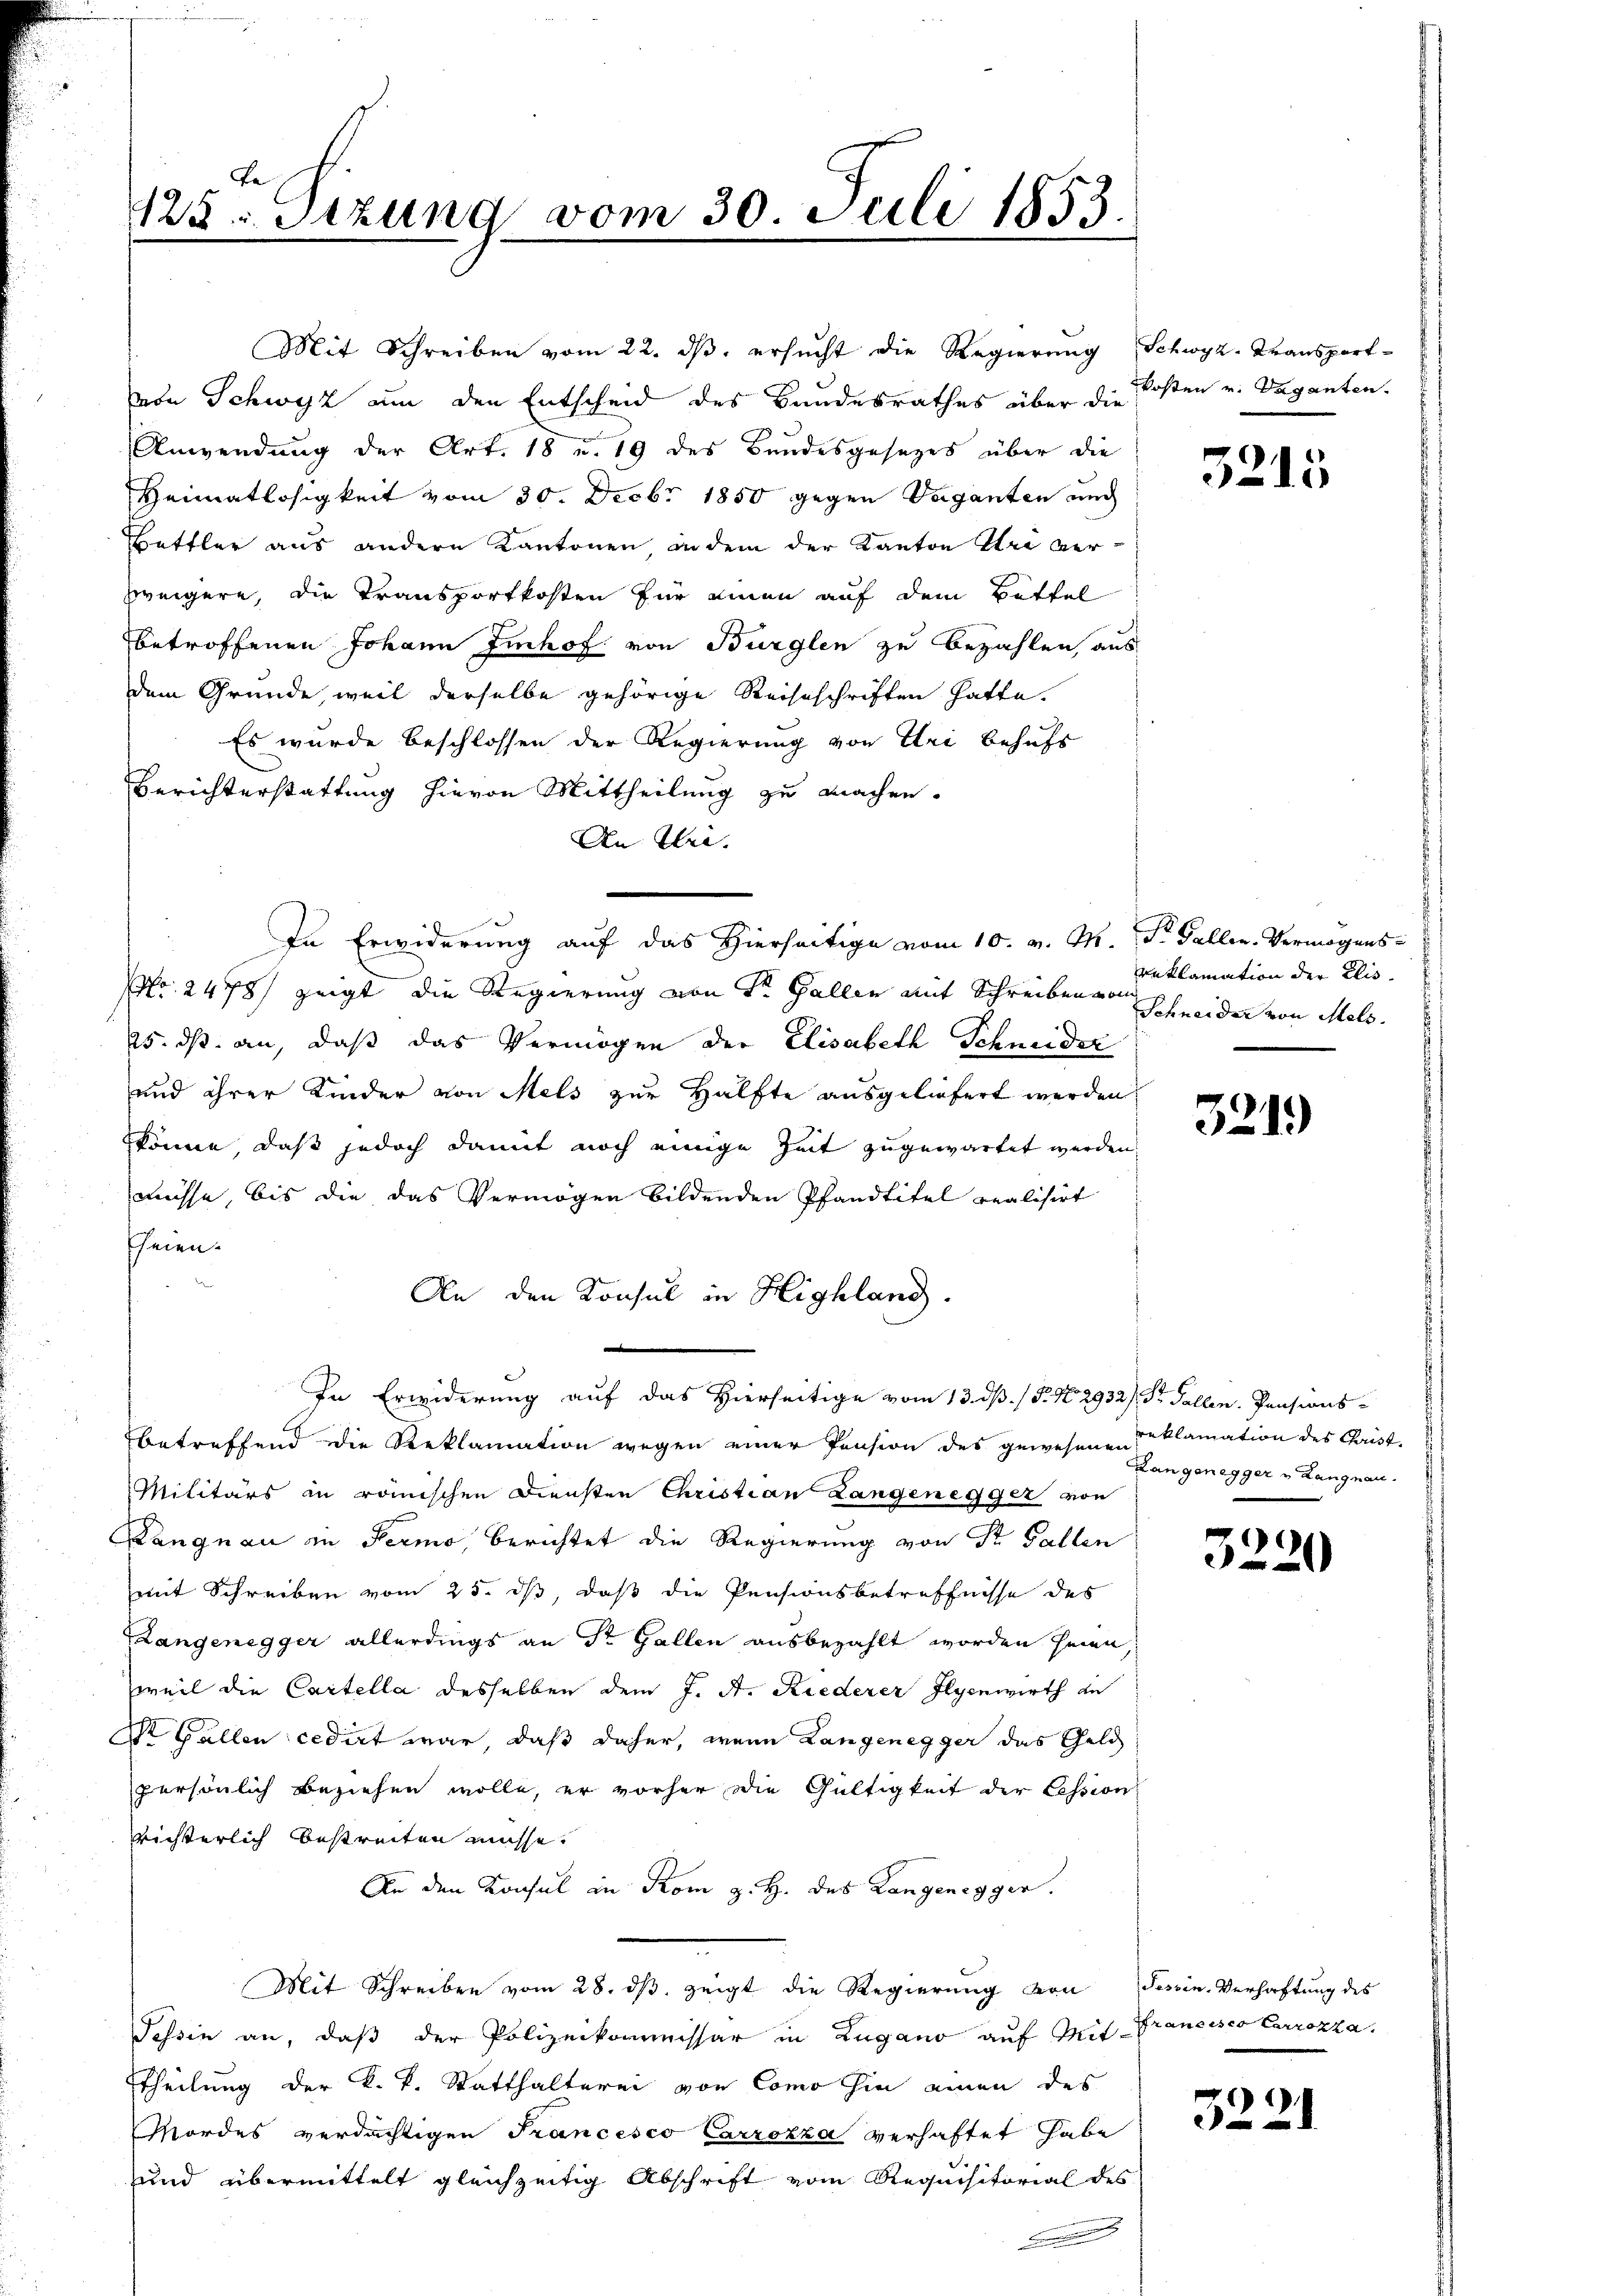
Be
125: Sitzung vom 30. Juli 1853.

von Schwyz um den Entscheid des Bandesrathes über die Kosten v. Vaganten.
Anwendung der Art. 18 u. 19 des Bundesgesezes über die
Heimatlosigkeit vom 30. Decbr 1850 gegen Vaganten und
Bettler aus andern Kantonen, in dem der Kanton Uri verweigere, die Transportkosten für einen auf dem Bittel
betroffenen Johann Imhof von Bürglen zu bezahlen, aus
dem Grunde, weil derselbe gehörige Reiseschriften hatte.
Es wurde beschlossen der Regierung von Uri behufs
Berichterstattung hievon Mittheilung zu machen.
An Uri.
In Erwiderung auf das Hierseitige vom 10. v. M. D. Gallen. Vermögens-
Nr. 2478) zeigt die Regierung von Sr. Gallen mit Schreiben von Schneider von Melo
25. ds. an, daß das Vermögen der Elisabeth Schneider
und ihrer Kinder von Mels zur Hälfte ausgeliefert werden.
könne, daß jedoch damit noch einige Zeit zugewartet werden.
müsse, bis die das Vermögen bildenden Pfandtitel realisirt
heien.
An den Konsul in Highland.
In Erwiderung auf das Hierseitige vom 13. dß. / P. Nr. 2932) Dr. Fallen. Pensions-
betreffend die Reklamation wegen einer Pension des gewesene Deklamation des Christ¬
Militärs in römischen Diensten Christian Langenegger von
Langnau in Perio, berichtet die Regierung von St. Gallen
mit Schreiben vom 25. ds, daß die Pensionsbetreffnisse des
Langenegger allerdings an Sr. Gallen ausbezahlt worden seien,
weil die Cartella desselben dem J. A. Riederer Ilyenwirth de
I Gallen cedirt war, daß daher, wenn Langenegger das Geld
persönlich beziehen wolle, er vorher die Gültigkeit der Cession
richterlich bestreiten müsse.
An den Konsul in Rom z. H. des Langenegger.
Mit Schreiben vom 28. dβ zeigt die Regierung von Tessin-Verhaftung des
Tessin an, daß der Polizeikommissar in Zugano auf Mitttheilung der k.k. Statthalterei von Como hin einen des
Mordes verdächtigen Francesco Carrozza verhaftet habe
und übermittelt gleichzeitig Abschrift vom Requisitorial des

Mit Schreiben vom 22. dβ ersucht die Regierung Schwyz-Transport-

3215

reklamation der Elis.

321.

Langenegger u Langnau.

)
5220

Francisco Carrozza.

5221